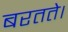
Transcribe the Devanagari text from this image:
बरतते।